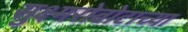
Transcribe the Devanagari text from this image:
सुक्ष्मरोबोटाच्या